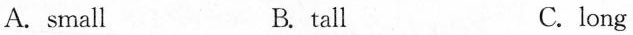
A. small B. tall C. long